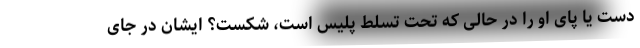
دست یا پای او را در حالی که تحت تسلط پلیس است، شکست؟ ایشان در جای